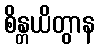
စိန္တယိတွာန